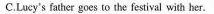
C.Lucy's father goes to the festival with her.